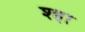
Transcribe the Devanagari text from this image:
श्हा